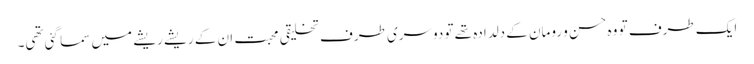
ایک طرف تو وہ حسن و رومان کے دلدادہ تھے تو دوسری طرف تخلیقی محبت ان کے ریشے ریشے میں سما گئی تھی۔